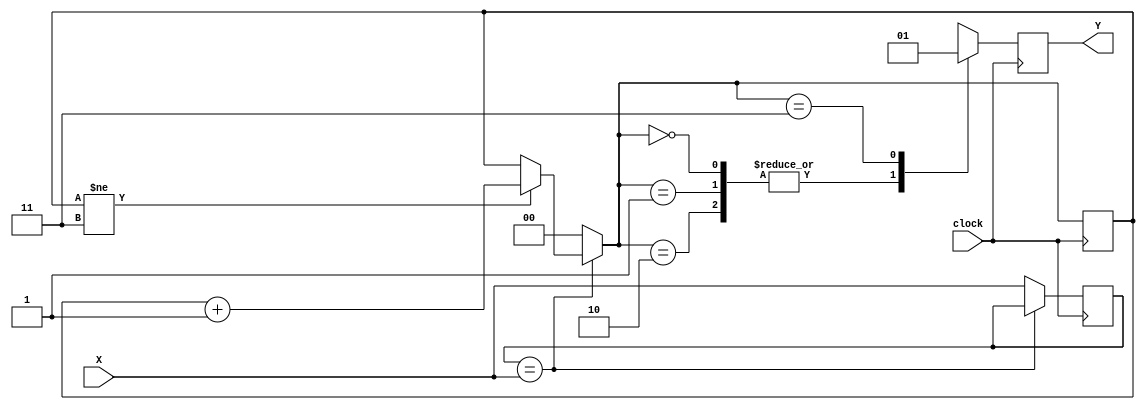
module fsm_moore (Y, X, clock);
    input clock;
    input X;
    output Y;
    
    reg       state_master;
    reg [1:0] state_slave;
    reg       Y;

    always @(posedge clock) begin
        // next state logic
        if (state_master == X) begin
            $display("[MR] master state matches sm=%b, ss=%b, x=%b", state_master, state_slave, X);
            if (state_slave != 2'b11) begin // when state less than 2'b11
                state_slave = state_slave + 1'b1;
                $display("[MR] >> slave state updated ss=%b", state_slave);
            end
        end
        else begin
            $display("[MR] state mismatch, update to %b, reset ss to 0", X);
            
            state_master = X;
            state_slave  = 0;
        end
        
        // output logic
        case (state_slave)
            2'b00, 2'b01, 2'b10:   Y = 0;
            2'b11:                 Y = 1;
            default:               Y = 1'bx;
        endcase
    end
endmodule